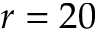
r = 2 0